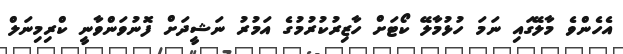
އެހެންވެ މާލޭގައި ނަމަ ހުޅުމާލޭ ކޯޓަށް ހާޒިރުކުރުމުގެ އަމުރު ނަޝީދަށް ފޮނުވަންވާނީ ކްރިމިނަލް